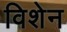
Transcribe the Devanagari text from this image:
विशेन